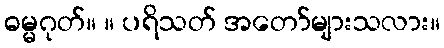
ဓမ္မဂုတ်။ ။ ပရိသတ် အတော်များသလား။